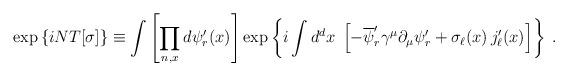
LaTeX: \begin{align*}\exp\left\{iNT[\sigma]\right\}\equiv\int\left[\prod_{n,x}d\psi'_r(x)\right]\exp\left\{i\int d^dx\;\left[-\overline{\psi}'_r\gamma^\mu\partial_\mu\psi'_r+\sigma_\ell(x)\,j'_\ell(x)\right]\right\}\;.\end{align*}